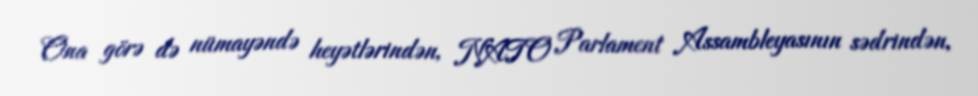
Ona görə də nümayəndə heyətlərindən, NATO Parlament Assambleyasının sədrindən,